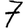
Digit: 7